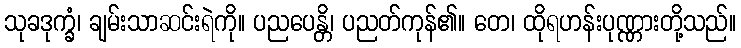
သုခဒုက္ခံ၊ ချမ်းသာဆင်းရဲကို။ ပညပေန္တိ၊ ပညတ်ကုန်၏။ တေ၊ ထိုရဟန်းပုဏ္ဏားတို့သည်။